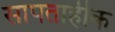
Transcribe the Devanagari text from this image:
सापताहीक